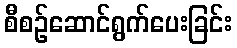
စီစဉ်ဆောင်ရွက်ပေးခြင်း